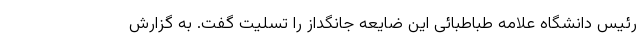
رئیس دانشگاه علامه طباطبائی این ضایعه جانگداز را تسلیت گفت. به گزارش